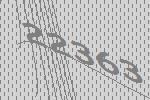
22363